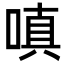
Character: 嗔